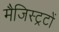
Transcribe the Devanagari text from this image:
मैजिस्ट्रटों